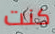
كنت